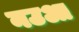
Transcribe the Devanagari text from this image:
नउआ